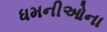
ધમનીઓના